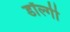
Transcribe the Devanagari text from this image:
डॉल्गी